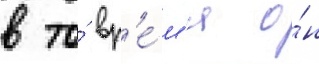
в то́ вр'е́м'я о́н